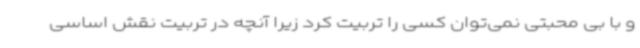
و با بی محبتی نمی‌توان کسی را تربیت کرد زیرا آنچه در تربیت نقش اساسی